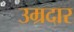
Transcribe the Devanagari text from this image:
उम्रदार